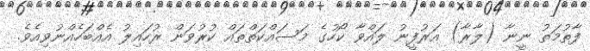
ފާތުމަތު ނީނާ (ލާރާ) އަރުފީނު ލައްވާ ކޯހުގެ މަސައްކަތްތައް ކުރުވަން ރުހައިލު އެއްބަހެއްނުވިއެވެ.